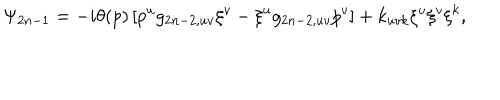
\Psi _ { 2 n - 1 } = - i \theta ( p ) \left[ p ^ { u } g _ { 2 n - 2 , u v } \xi ^ { v } - \xi ^ { u } g _ { 2 n - 2 , u v } p ^ { v } \right] + k _ { u v k } \xi ^ { u } \xi ^ { v } \xi ^ { k } ,